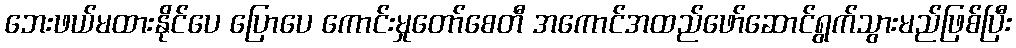
ဘေးဖယ်မထားနိုင်ပေ ပြောပေ ကောင်းမှုတော်စေတီ အကောင်အထည်ဖော်ဆောင်ရွက်သွားမည်ဖြစ်ပြီး